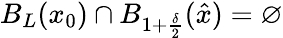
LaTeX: B_{L}(x_{0})\cap B_{1+\frac{\delta}{2}}(\hat{x})=\varnothing